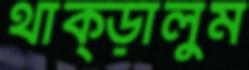
থাক্‌ড়ালুম